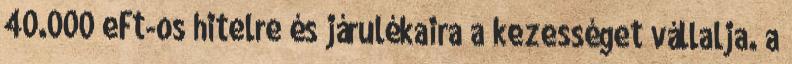
40.000 eFt-os hitelre és járulékaira a kezességet vállalja. a